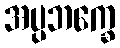
အပ္ပဘက္ခေ